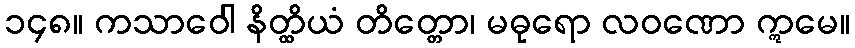
၁၄၈။ ကသာဝေါ နိတ္ထိယံ တိတ္တော၊ မဓုရော လဝဏော ဣမေ။